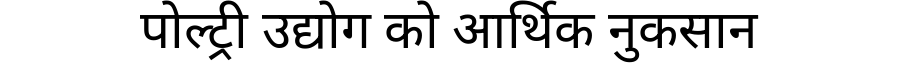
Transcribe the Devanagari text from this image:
पोल्ट्री उद्योग को आर्थिक नुकसान